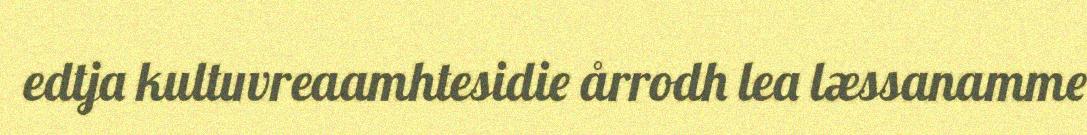
edtja kultuvreaamhtesidie årrodh lea læssanamme